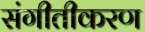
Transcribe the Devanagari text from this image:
संगीतीकरण